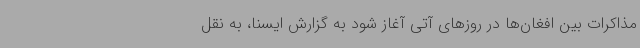
مذاکرات بین افغان‌ها در روزهای آتی آغاز شود به گزارش ایسنا، به نقل